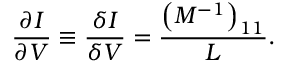
\frac { \partial I } { \partial V } \equiv \frac { \delta I } { \delta V } = \frac { \left( M ^ { - 1 } \right) _ { 1 1 } } { L } .